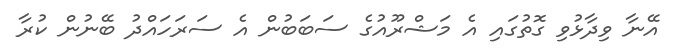
އޭނާ ވިދާޅުވި ގޮތުގައި އެ މަޝްރޫއުގެ ސަބަބުން އެ ސަރަހައްދު ބޭނުން ކުރާ